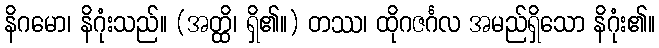
နိဂမော၊ နိဂုံးသည်။ (အတ္ထိ၊ ရှိ၏။) တဿ၊ ထိုဂဇင်္ဂလ အမည်ရှိသော နိဂုံး၏။